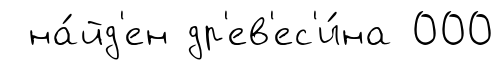
на́йд'ен др'ев'ес'и́на 000